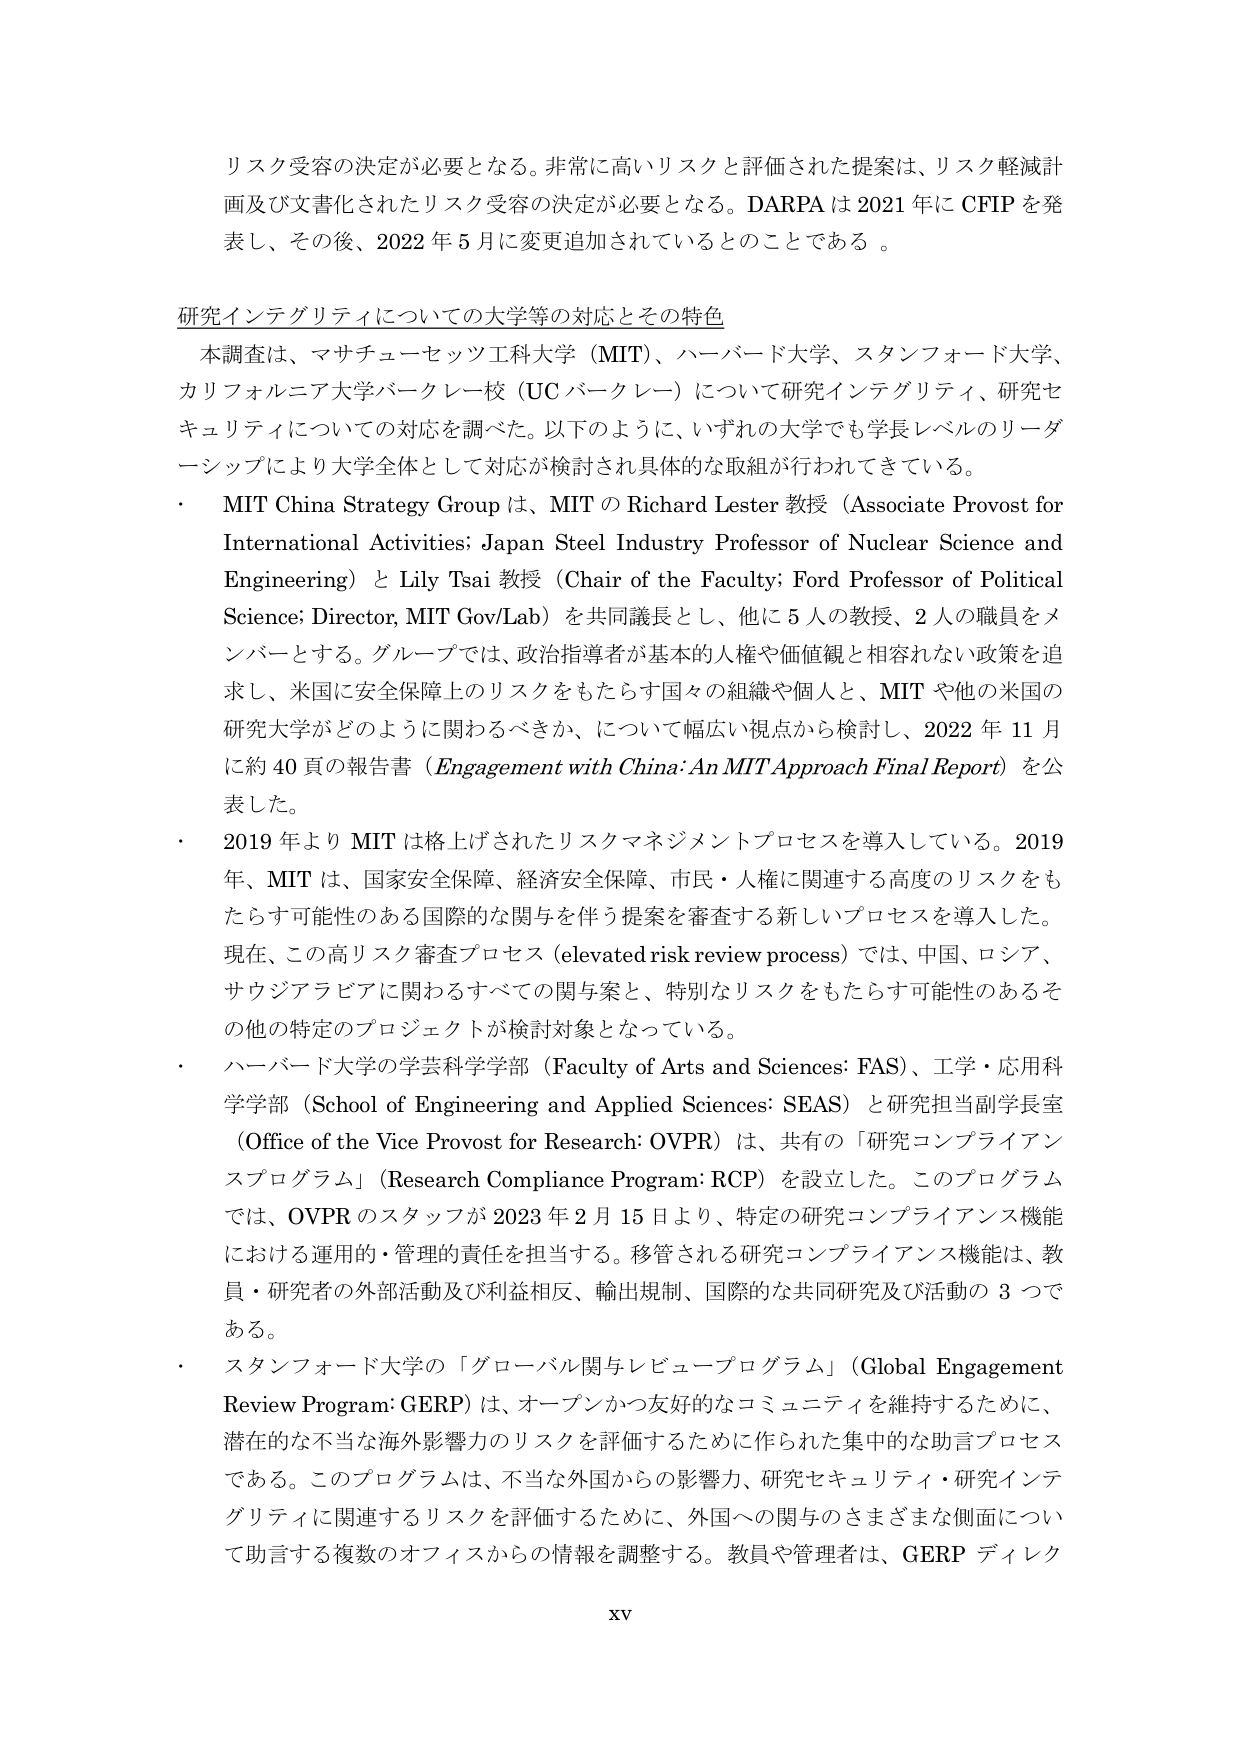
リスク受容の決定が必要となる。非常に高いリスクと評価された提案は、リスク軽減計画及び文書化されたリスク受容の決定が必要となる。DARPA は 2021 年に CFIP を発表し、その後、2022 年 5 月に変更追加されているとのことである。

研究インテグリティについての大学等の対応とその特色

本調査は、マサチューセッツ工科大学（MIT）、ハーバード大学、スタンフォード大学、カリフォルニア大学バークレー校（UC バークレー）について研究インテグリティ、研究セキュリティについての対応を調べた。以下のように、いずれの大学でも学長レベルのリーダーシップにより大学全体として対応が検討され具体的な取組が行われてきている。

・ MIT China Strategy Group は、MIT の Richard Lester 教授（Associate Provost for International Activities; Japan Steel Industry Professor of Nuclear Science and Engineering）と Lily Tsai 教授（Chair of the Faculty; Ford Professor of Political Science; Director, MIT Gov/Lab）を共同議長とし、他に 5 人の教授、2 人の職員をメンバーとする。グループでは、政治指導者が基本的人権や価値観と相容れない政策を追求し、米国に安全保障上のリスクをもたらす国々の組織や個人と、MIT や他の米国の研究大学がどのように関わるべきか、について幅広い視点から検討し、2022 年 11 月に約 40 頁の報告書（Engagement with China: An MIT Approach Final Report）を公表した。

・ 2019 年より MIT は格上げされたリスクマネジメントプロセスを導入している。2019 年、MIT は、国家安全保障、経済安全保障、市民・人権に関連する高度のリスクをもたらす可能性のある国際的な関与を伴う提案を審査する新しいプロセスを導入した。現在、この高リスク審査プロセス（elevated risk review process）では、中国、ロシア、サウジアラビアに関わるすべての関与案と、特別なリスクをもたらす可能性のあるその他の特定のプロジェクトが検討対象となっている。

・ ハーバード大学の学芸科学学部（Faculty of Arts and Sciences: FAS）、工学・応用科学学部（School of Engineering and Applied Sciences: SEAS）と研究担当副学長室（Office of the Vice Provost for Research: OVPR）は、共有の「研究コンプライアンスプログラム」（Research Compliance Program: RCP）を設立した。このプログラムでは、OVPR のスタッフが 2023 年 2 月 15 日より、特定の研究コンプライアンス機能における運用的・管理的責任を担当する。移管される研究コンプライアンス機能は、教員・研究者の外部活動及び利益相反、輸出規制、国際的な共同研究及び活動の 3 つである。

・ スタンフォード大学の「グローバル関与レビュー・プログラム」（Global Engagement Review Program: GERP）は、オープンかつ友好的なコミュニティを維持するために、潜在的な不当な海外影響力のリスクを評価するために作られた集中的な助言プロセスである。このプログラムは、不当な外国からの影響力、研究セキュリティ・研究インテグリティに関連するリスクを評価するために、外国への関与のさまざまな側面について助言する複数のオフィスからの情報を調整する。教員や管理者は、GERP ディレク

xv